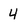
Character: 4